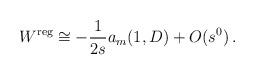
LaTeX: \begin{align*}W^{\mbox{\scriptsize reg}}\cong -\frac 1{2s} a_m(1,D)+O(s^0)\,.\end{align*}